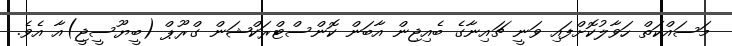
މަސައްކަތް ހަވާލުކޮށްފައި ވަނީ ޗައިނާގެ ބެއިޖިން އާބަން ކޮންސްޓްރަކްޝަން ގްރޫޕް (ބީޔޫސީޖީ)އާ އެވެ.